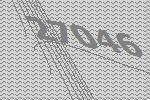
27046